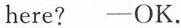
here? —OK.